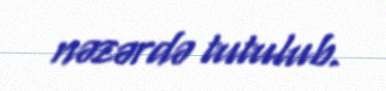
nəzərdə tutulub.